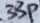
Text: 33p